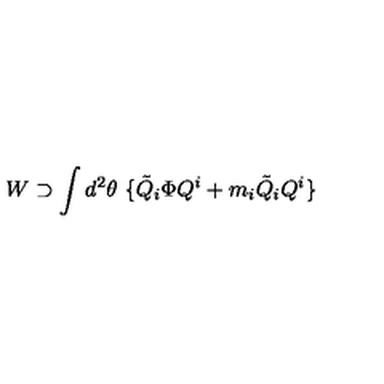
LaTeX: W \supset \int d ^ { 2 } \theta \ \{ { \tilde { Q } } _ { i } \Phi Q ^ { i } + m _ { i } { \tilde { Q } } _ { i } Q ^ { i } \}